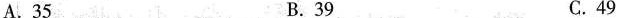
A.35 B.39 C.49